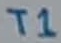
Text: T1